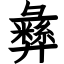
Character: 彝